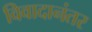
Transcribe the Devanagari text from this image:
विवादानंतर